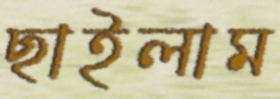
ছাইলাম